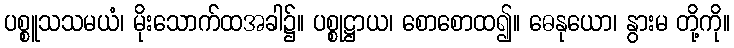
ပစ္စူသသမယံ၊ မိုးသောက်ထအခါ၌။ ပစ္စုဋ္ဌာယ၊ စောစောထ၍။ ဓေနုယော၊ နွားမ တို့ကို။